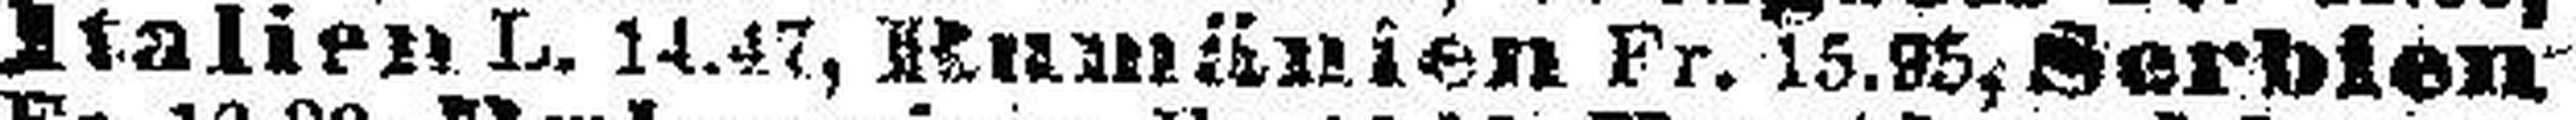
Italien L. 14.47, Rumünien Fr. 15.95, Serbien